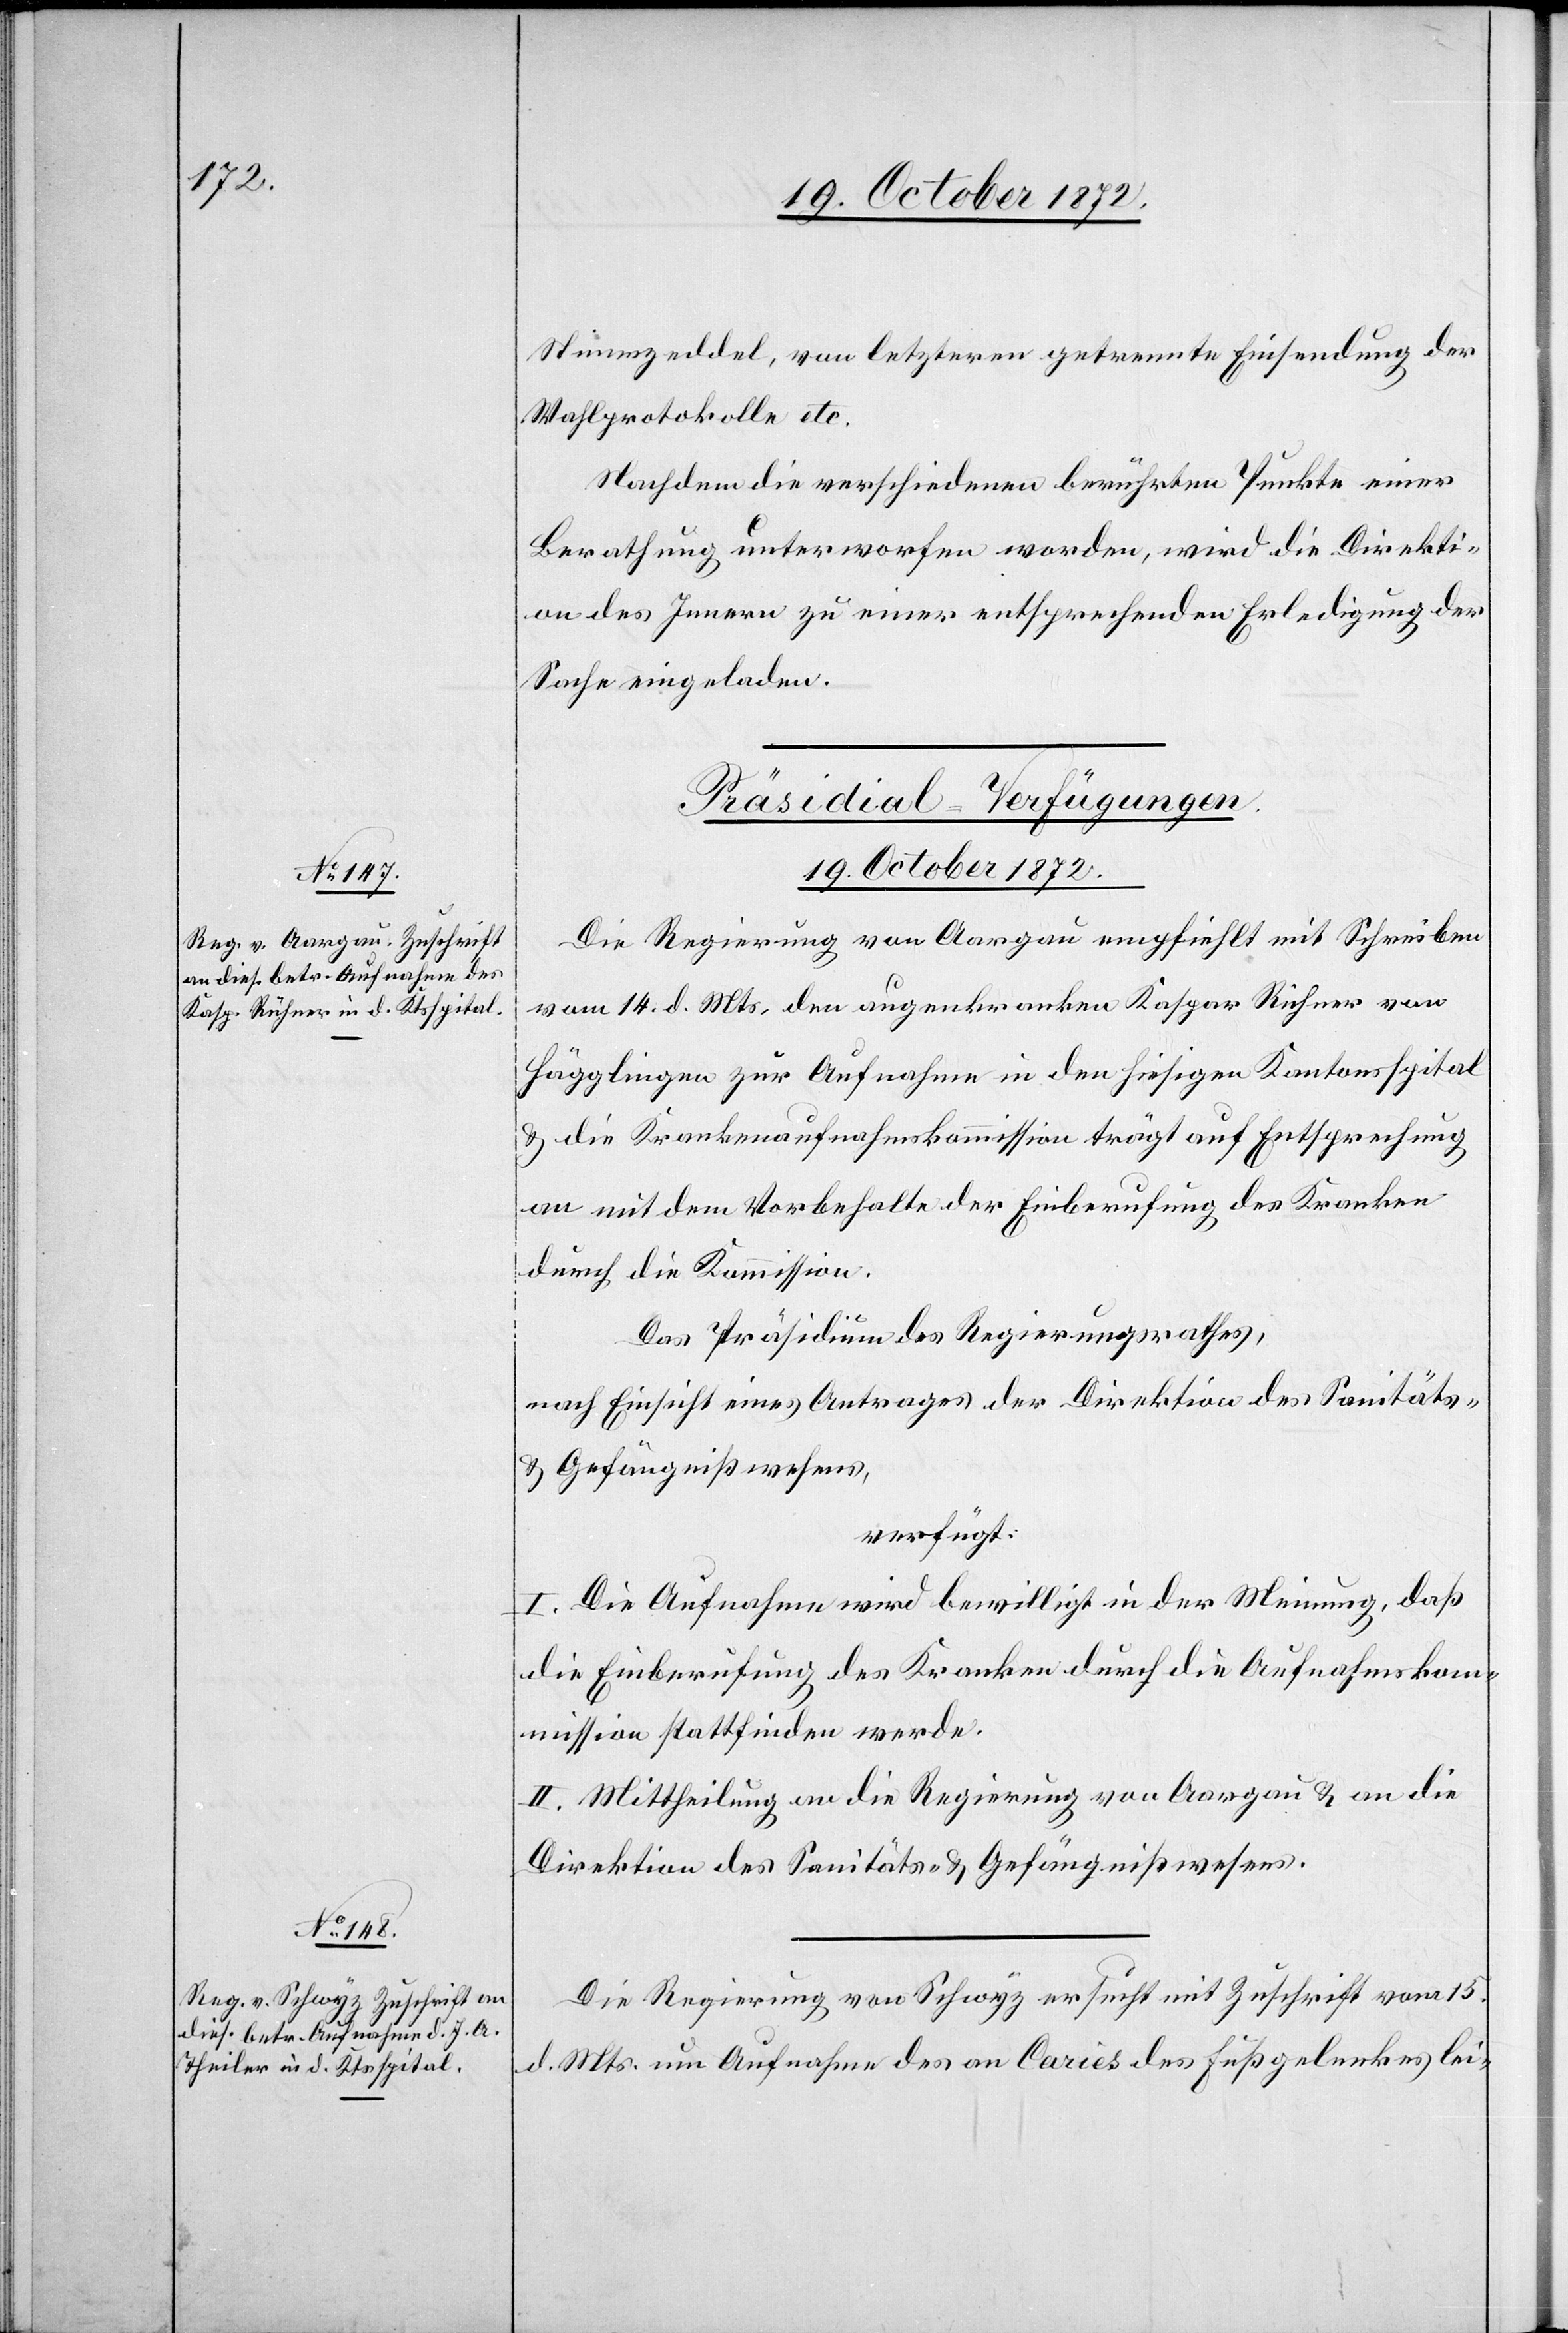
Stimmzeddel, von letzteren getrennte Einsendung der
Wahlprotokolle etc.
Nachdem die verschiedenen berührten Punkte einer
Berathung unterworfen worden, wird die Direkti¬
on des Innern zu einer entsprechenden Erledigung der
Sache eingeladen.
[Präsidial-Verfügungen.
19. October 1872.]
Die Regierung von Aargau empfiehlt mit Schreiben
vom 14. d. Mts. den augenkranken Kaspar Richner
Hägglingen zur Aufnahme in den hiesigen Kantonsspital
u. die Krankenaufnahmskommission trägt auf Entsprechung
an mit dem Vorbehalte der Einberufung des Kranken
durch die Kommission.
Das Präsidium des Regierungsrathes,
nach Einsicht eines Antrages der Direktion des Sanitäts-
u. Gefängnißwesens,
verfügt:
I. Die Aufnahme wird bewilligt in der Meinung, daß
die Einberufung des Kranken durch die Aufnahmskom¬
mission stattfinden werde.
II. Mittheilung an die Regierung von Aargau u. an die
Direktion des Sanitäts- u. Gefängnißwesens.
Die Regierung von Schwyz ersucht mit Zuschrift vom 15.
d. Mts. um Aufnahme des an Caries des Fußgelenkes lei-